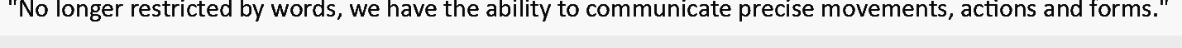
"No longer restricted by words, we have the ability to communicate precise movements, actions and forms."